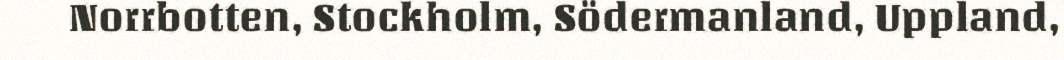
Norrbotten, Stockholm, Södermanland, Uppland,